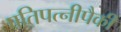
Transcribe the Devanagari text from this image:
पतिपत्‍नीपैकी